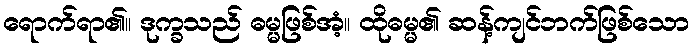
ရောက်ရာ၏။ ဒုက္ခသည် ဓမ္မဖြစ်အံ့။ ထိုဓမ္မ၏ ဆန့်ကျင်ဘက်ဖြစ်သော